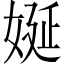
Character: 娫